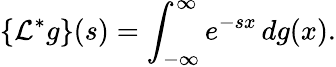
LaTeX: \{ {\mathcal{L}}^{*}g\} (s)=\int_{-\infty}^{\infty}e^{-sx}\, dg(x).